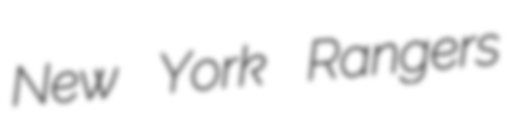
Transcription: New York Rangers